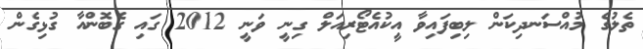
ތެލުގެ މުއްސަނދިކަން ލިބިފައިވާ އީކުއެޓޯރިއަލް ގިނީ ވަނީ 2012 ގައި ގެބޮންއާ ގުޅިގެން